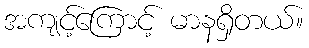
အကျင့်ကြောင့် မာနရှိတယ်။